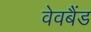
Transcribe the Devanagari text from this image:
वेवबैंड